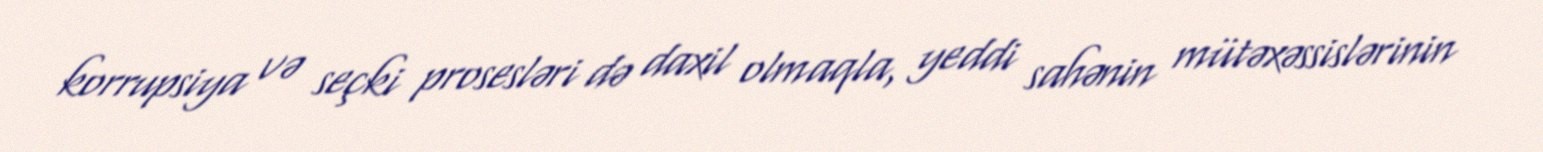
korrupsiya və seçki prosesləri də daxil olmaqla, yeddi sahənin mütəxəssislərinin